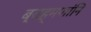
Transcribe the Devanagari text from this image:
ब्राह्मणांनि